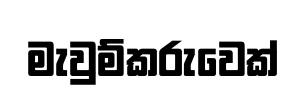
මැවුම්කරුවෙක්